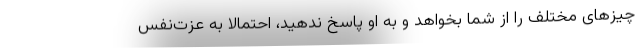
چیزهای مختلف را از شما بخواهد و به او پاسخ ندهید، احتمالا به عزت‌نفس